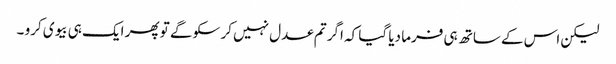
لیکن اس کے ساتھ ہی فرما دیا گیا کہ اگر تم عدل نہیں کر سکو گے تو پھر ایک ہی بیوی کرو ۔